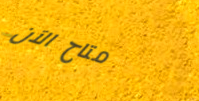
متاح الآن